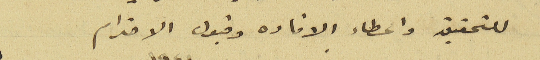
للتحقيق واعطاء الافاده وقبول الاحترام